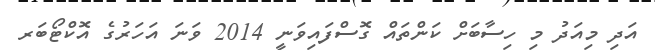
އަދި މިއަދު މި ހިސާބަށް ކަންތައް ގޮސްފައިވަނީ 2014 ވަނަ އަހަރުގެ އޮކްޓޯބަރ